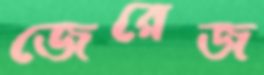
জেরেজ